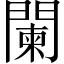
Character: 闌